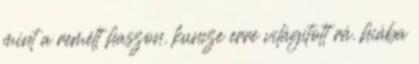
mint a remélt haszon. kuncze erre világított rá. hiába